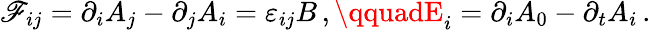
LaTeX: \mathscr{F}_{ij}=\partial_{i}A_{j}-\partial_{j}A_{i}=\varepsilon_{ij}B\, ,\qquadE_{i}=\partial_{i}A_{0}-\partial_{t}A_{i}\, .